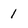
Character: 1